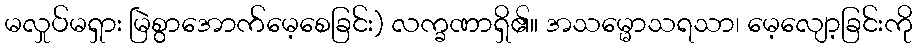
မလှုပ်မရှား မြဲစွာအောက်မေ့စေခြင်း) လက္ခဏာရှိ၏။ အသမ္မောသရသာ၊ မေ့လျော့ခြင်းကို